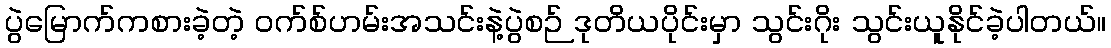
ပွဲမြောက်ကစားခဲ့တဲ့ ဝက်စ်ဟမ်းအသင်းနဲ့ပွဲစဉ် ဒုတိယပိုင်းမှာ သွင်းဂိုး သွင်းယူနိုင်ခဲ့ပါတယ်။